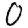
Digit: 0